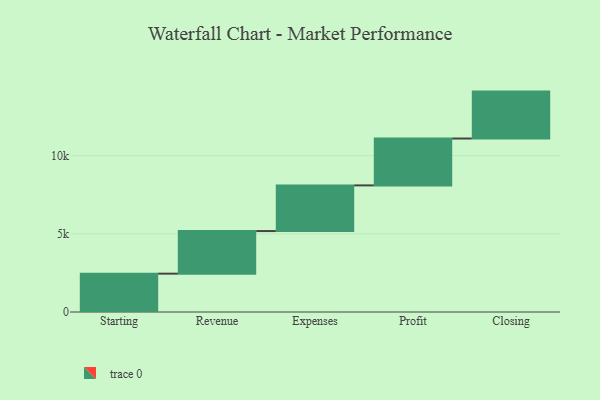
{"axis": {"x": "Step", "y": "Value"}, "legend": [""], "data": [{"x": "Starting", "y": 2452.0, "type": ""}, {"x": "Revenue", "y": 2724.0, "type": ""}, {"x": "Expenses", "y": 2921.0, "type": ""}, {"x": "Profit", "y": 2998.0, "type": ""}, {"x": "Closing", "y": 3000, "type": ""}]}